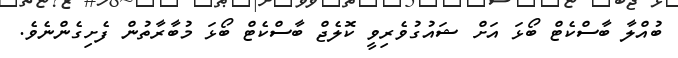
ބުއްލާ ބާސްކެޓް ބޯޅަ އަށް ޝައުގުވެރިވީ ކޮލެޖް ބާސްކެޓް ބޯޅަ މުބާރާތުން ފެށިގެންނެވެ.